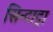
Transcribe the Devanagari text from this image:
सिन्टाट्रा